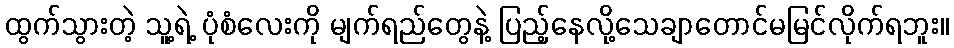
ထွက်သွားတဲ့ သူ့ရဲ့ ပုံစံလေးကို မျက်ရည်တွေနဲ့ ပြည့်နေလို့သေချာတောင်မမြင်လိုက်ရဘူး။